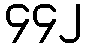
၄၄၂